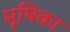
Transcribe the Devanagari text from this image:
मूषिका